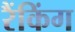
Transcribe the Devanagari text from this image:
रैंकिंग